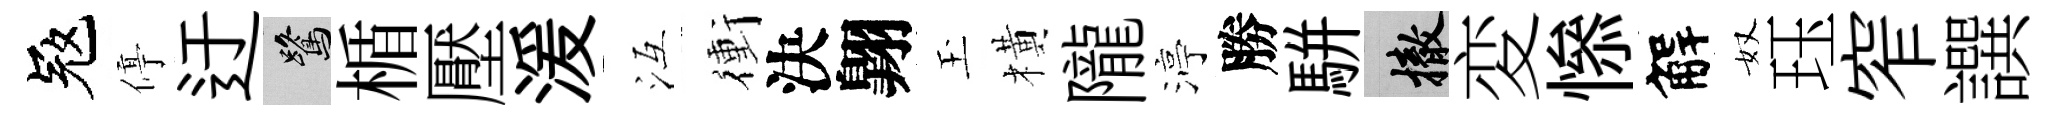
冦停迂鷺楯壓湲冱衝決翺玉橫隴渟勝駢撤変𢡖解奴珏窄譔